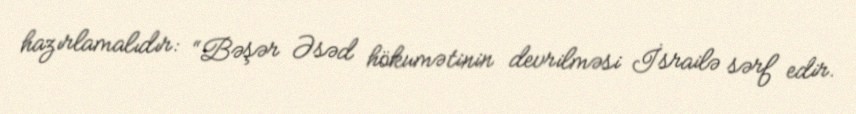
hazırlamalıdır: “Bəşər Əsəd hökumətinin devrilməsi İsrailə sərf edir.